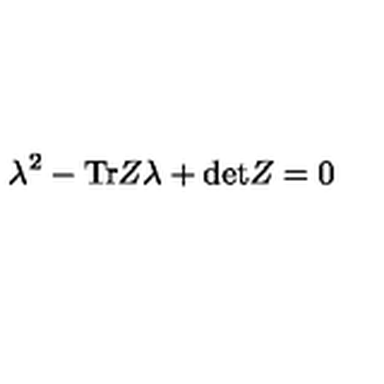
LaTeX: \lambda ^ { 2 } - \mathrm { T r } Z \lambda + \mathrm { d e t } Z = 0